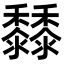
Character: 𪐐